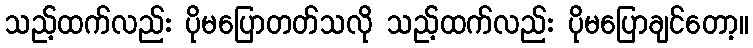
သည့်ထက်လည်း ပိုမပြောတတ်သလို သည့်ထက်လည်း ပိုမပြောချင်တော့။